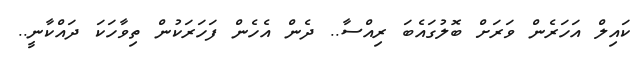
ކައިލް އަހަރެން ވަރަށް ބޮލުގައެބަ ރިއްސާ.. ދެން އެހެން ފަހަރަކުން ތިވާހަކަ ދައްކާނީ..